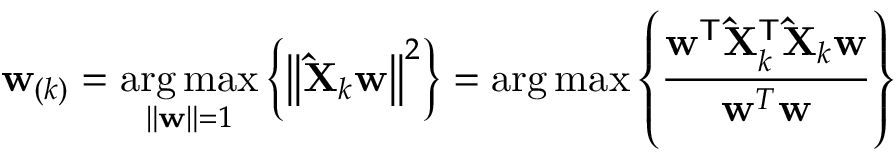
\mathbf { w } _ { ( k ) } = \mathop { \operatorname { a r g \, m a x } } _ { \left\| \mathbf { w } \right\| = 1 } \left\{ \left\| \mathbf { \hat { X } } _ { k } \mathbf { w } \right\| ^ { 2 } \right\} = \arg \operatorname* { m a x } \left\{ { \frac { \mathbf { w } ^ { \mathsf { T } } \mathbf { \hat { X } } _ { k } ^ { \mathsf { T } } \mathbf { \hat { X } } _ { k } \mathbf { w } } { \mathbf { w } ^ { T } \mathbf { w } } } \right\}